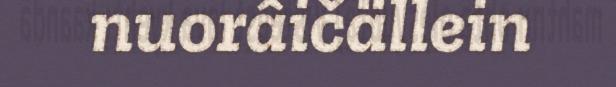
nuorâičällein